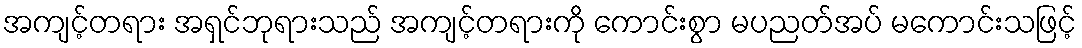
အကျင့်တရား အရှင်ဘုရားသည် အကျင့်တရားကို ကောင်းစွာ မပညတ်အပ် မကောင်းသဖြင့်